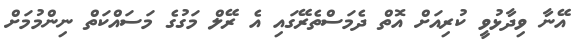
އޭނާ ވިދާޅުވީ ކުރިއަށް އޮތް ދެމަސްތެރޭގައި އެ ރޭލް މަގުގެ މަސައްކަތް ނިންމުމަށް